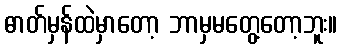
ဓာတ်မှန်ထဲမှာတော့ ဘာမှမတွေ့တော့ဘူး။